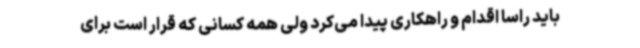
باید راسا اقدام و راهکاری پیدا می‌کرد ولی همه کسانی که قرار است برای